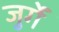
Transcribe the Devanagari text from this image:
जुर्गें